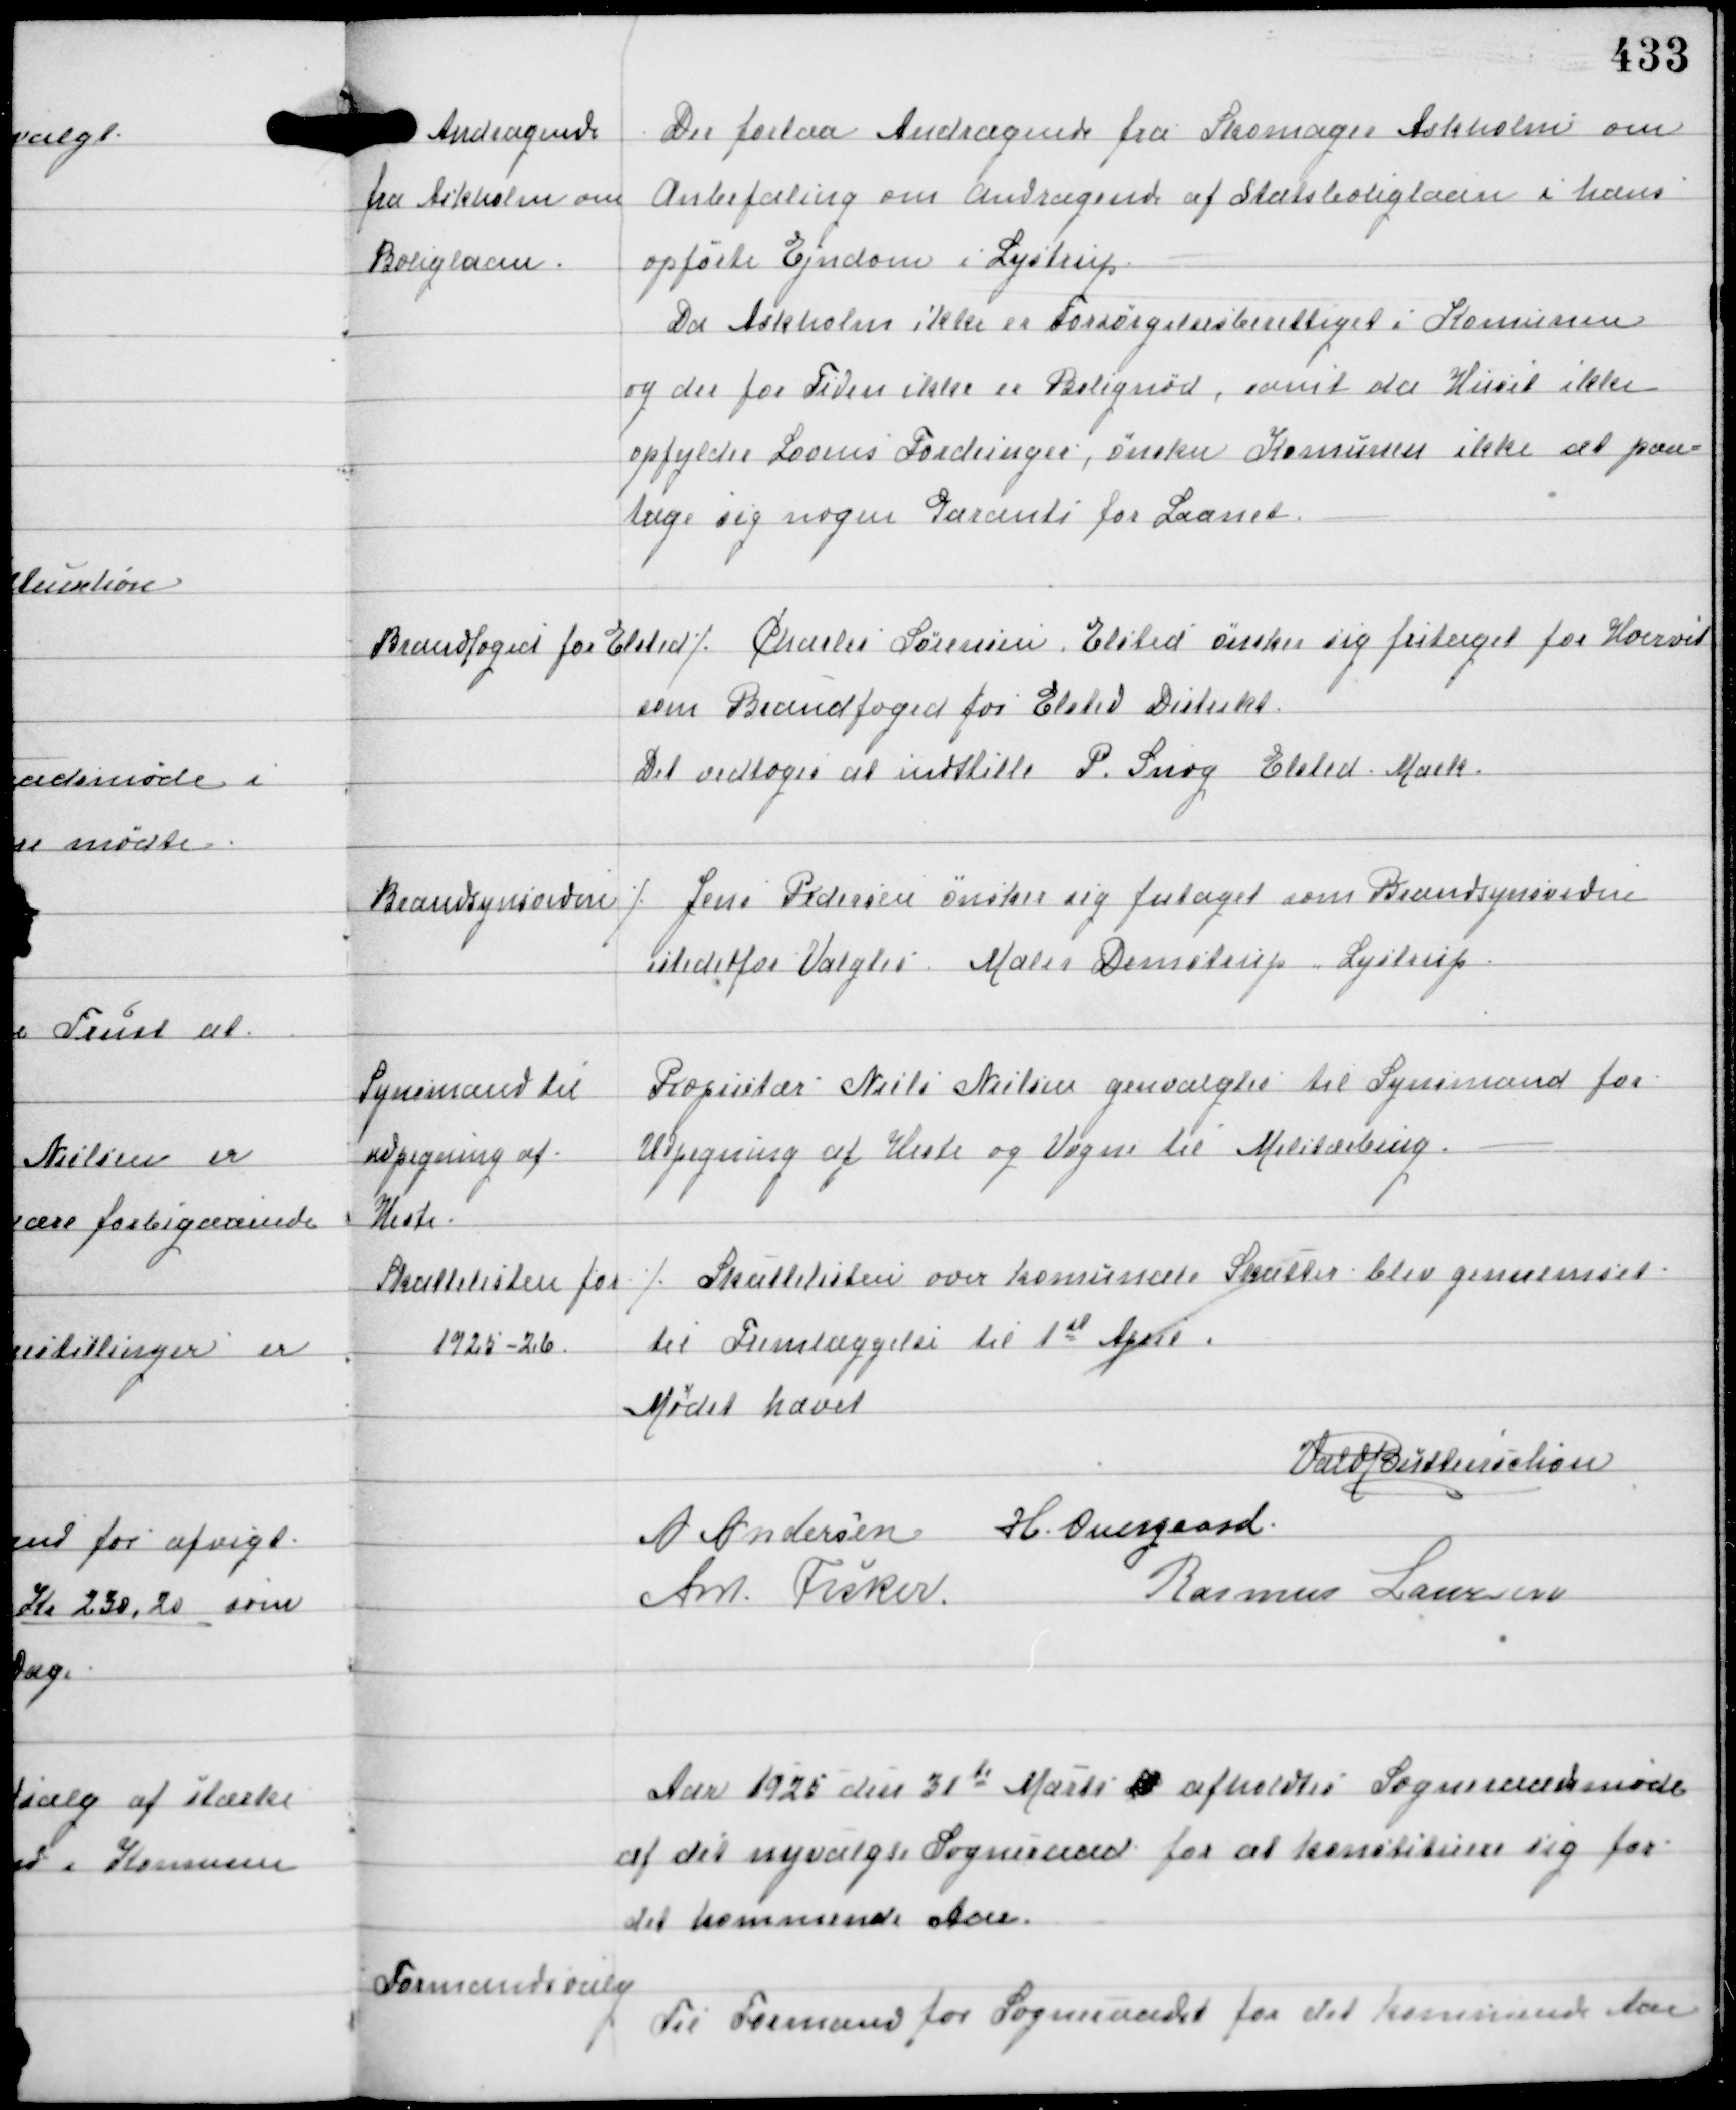
Transskription:
Andragende
fra Askholm om
Boliglaan

Der forelaa Andragende fra Skomager Askholm om
Anbefaling om andragende af Statsboliglaan i hans
opførte Ejendom i Lystrup
Da Askholm ikke er Forsørgelsesberettiget i Komunen
og der for Tiden ikke er Bolignød, samt da Huset ikke
opfylder Lovens Fordringer, ønsker Komunen ikke at paa-
tage sig nogen Garanti for Laanet.

Brandfoged for Elsted

⁒ Charlie Sørensen, Elsted ønsker sig fritaget for Hvervet
som Brandfoged for Elsted Distrikt.
Det vedtoges at indstille P. Snog, Elsted Mark

Brandsynsvidne

⁒ Jens Pedersen ønsker sig fritaget som Brandsynsvidne
istedetfor Valgtes Maler Demstrup, Lystrup

Synsmand til
udpegning af
Heste

Proprietær Niels Nielsen genvalgtes til Synsmand for
Udpegning af Heste og Vogne til Militærbrug.

Skattelisten for
1925-26

⁒ Skattelisten over komunale Skatter blev gennemset
til Fremlæggelse til 1st April.

Mødet hævet
Vald Buttenschøn
A Andersen H. Overgaard
Ant Fisker
Rasmus Laursen

Aar 1925 den 31te Marts M afholdtes Sogneraadsmøde
af det nyvalgte Sogneraad for at konstituere sig for
det kommende Aar.

Formandsvalg

Til Formand for Sogneraadet for det kommende Aar